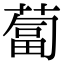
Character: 蔔